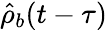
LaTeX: \hat{\rho}_{b}(t-\tau)